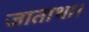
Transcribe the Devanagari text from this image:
जाताथा।